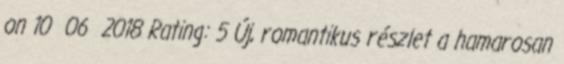
on 10 06 2018 Rating: 5 Új, romantikus részlet a hamarosan